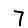
Digit: 7